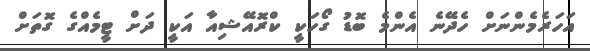
އަހަރެމެންނަށް ހެދޭނެ އެންމެ ބޮޑު ގޯހަކީ ކްރޮއޭޝިއާ އަކީ ދަށް ޓީމެއްގެ ގޮތަށް